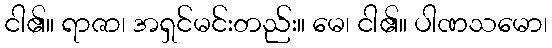
ငါ၏။ ရာဇာ၊ အရှင်မင်းတည်း။ မေ၊ ငါ၏။ ပါဏသမော၊